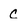
Character: c